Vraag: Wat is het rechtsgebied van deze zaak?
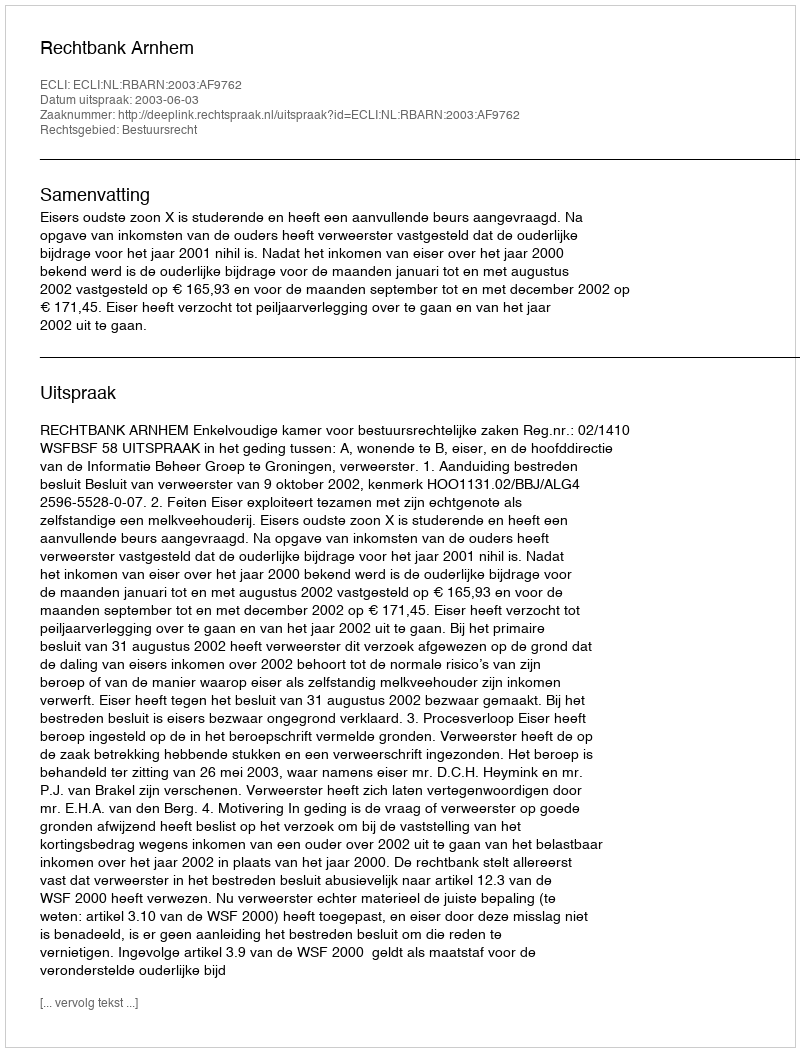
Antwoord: Bestuursrecht